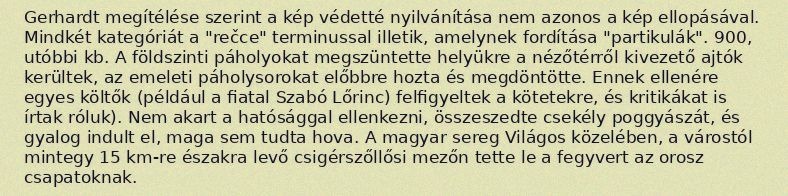
Gerhardt megítélése szerint a kép védetté nyilvánítása nem azonos a kép ellopásával. Mindkét kategóriát a "rečce" terminussal illetik, amelynek fordítása "partikulák". 900, utóbbi kb. A földszinti páholyokat megszüntette helyükre a nézőtérről kivezető ajtók kerültek, az emeleti páholysorokat előbbre hozta és megdöntötte. Ennek ellenére egyes költők (például a fiatal Szabó Lőrinc) felfigyeltek a kötetekre, és kritikákat is írtak róluk). Nem akart a hatósággal ellenkezni, összeszedte csekély poggyászát, és gyalog indult el, maga sem tudta hova. A magyar sereg Világos közelében, a várostól mintegy 15 km-re északra levő csigérszőllősi mezőn tette le a fegyvert az orosz csapatoknak.